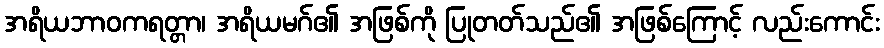
အရိယဘာဝကရတ္တာ၊ အရိယမဂ်၏ အဖြစ်ကို ပြုတတ်သည်၏ အဖြစ်ကြောင့် လည်းကောင်း